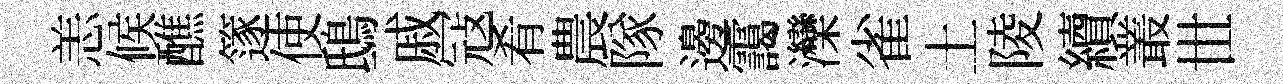
恙候醮篴使鴟戚冦肴農隊邊靄灤雀土陵續叢𠀍